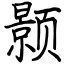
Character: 颢